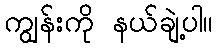
ကျွန်းကို နယ်ချဲ့ပါ။